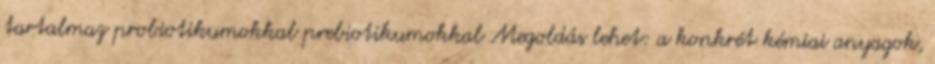
tartalmaz probiotikumokkal prebiotikumokkal Megoldás lehet: a konkrét kémiai anyagok,